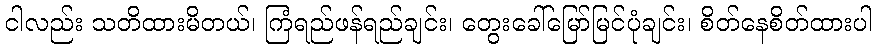
ငါလည်း သတိထားမိတယ်၊ ကြံရည်ဖန်ရည်ချင်း၊ တွေးခေါ်မြော်မြင်ပုံချင်း၊ စိတ်နေစိတ်ထားပါ